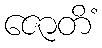
ဇောတိံ